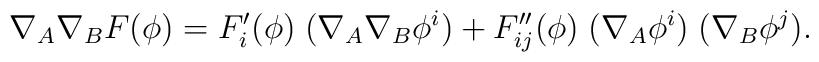
\nabla_A \nabla_B F(\phi) = F'_i(\phi) \; (\nabla_A \nabla_B \phi^i)  +F''_{ij}(\phi) \; (\nabla_A \phi^i) \; (\nabla_B \phi^j).